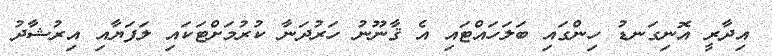
އިދާރީ އޮނިގަނޑު ހިންގައި ބަލަހައްޓައި އެ ޤާނޫނު ހަރުދަނާ ކުރުމަށްޓަކައި ލަފަޔާއި އިރުޝާދު